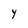
Character: Y